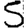
Digit: 5